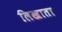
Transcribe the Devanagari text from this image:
लिखाता